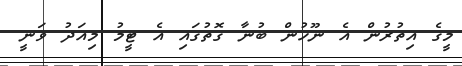
މީގެ އިތުރުން އެ ނޫހުން ބުނާ ގޮތުގައި އެ ޓީމު މިއަދު ވަނީ